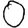
Digit: 0